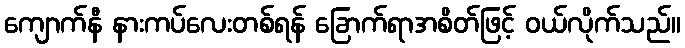
ကျောက်နီ နားကပ်လေးတစ်ရန် ခြောက်ရာအစိတ်ဖြင့် ဝယ်လိုက်သည်။